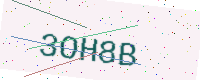
Text: 3OH8B